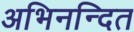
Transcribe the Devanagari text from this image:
अभिनन्दित